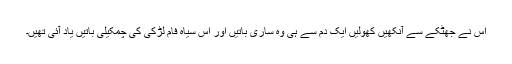
اس نے جھٹکے سے آنکھیں کھولیں ایک دم سے ہی وہ ساری باتیں اور اس سیاہ فام لڑکی کی چمکیلی باتیں یاد آئی تھیں۔